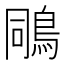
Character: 𪀭